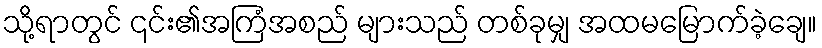
သို့ရာတွင် ၎င်း၏အကြံအစည် များသည် တစ်ခုမျှ အထမမြောက်ခဲ့ချေ။